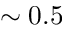
\sim 0 . 5